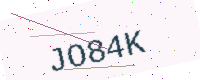
Text: JO84K